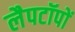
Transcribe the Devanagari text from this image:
लैपटॉपों